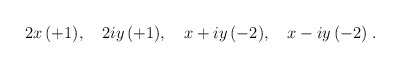
\begin{align*}2x \, (+1), \quad 2iy \, (+1), \quad x+iy \, (-2), \quad x-iy \, (-2) \;.\end{align*}